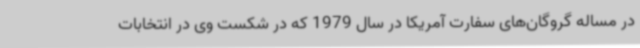
در مساله گروگان‌های سفارت آمریکا در سال 1979 که در شکست وی در انتخابات